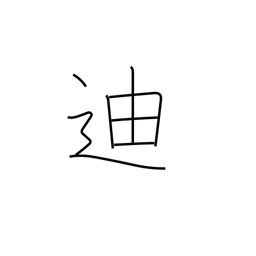
Meaning: edify